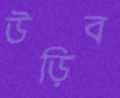
উড়িব